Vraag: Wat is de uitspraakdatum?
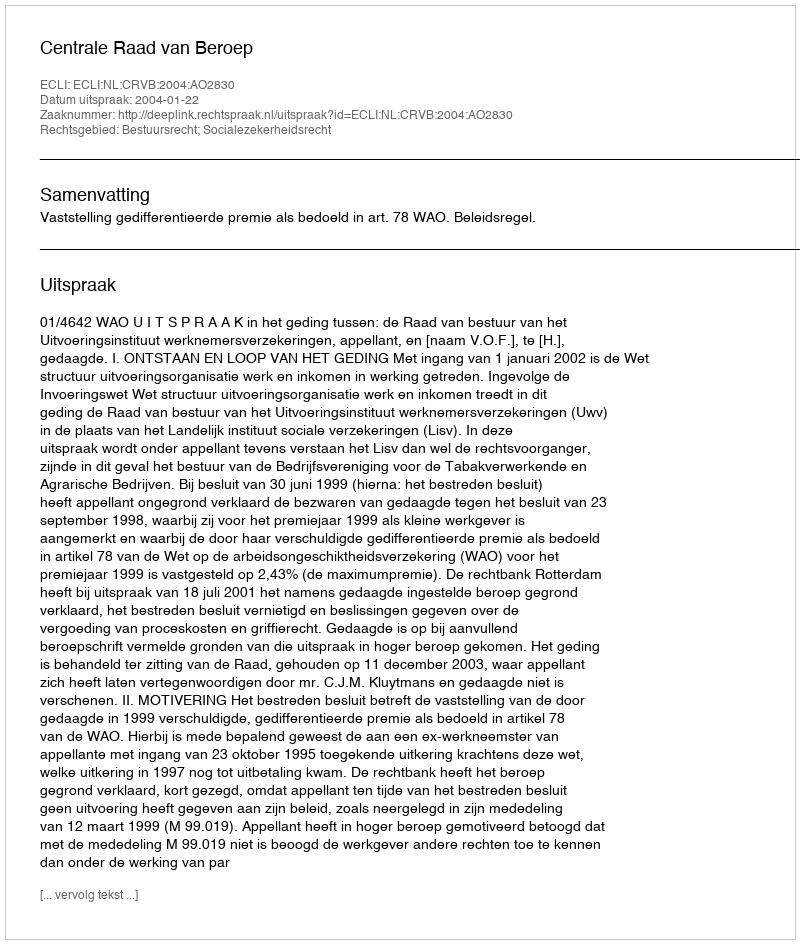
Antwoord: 2004-01-22